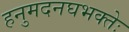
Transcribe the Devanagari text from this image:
हनुमदनघभक्तेः